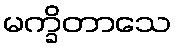
မက္ခိတာသေ